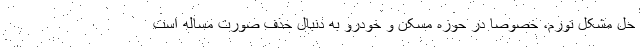
حل مشکل تورم، خصوصا در حوزه مسکن و خودرو به دنبال حذف صورت مساله است